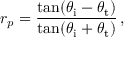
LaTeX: r _ { p } = { \frac { \tan ( \theta _ { \mathrm { i } } - \theta _ { \mathrm { t } } ) } { \tan ( \theta _ { \mathrm { i } } + \theta _ { \mathrm { t } } ) } } \, ,